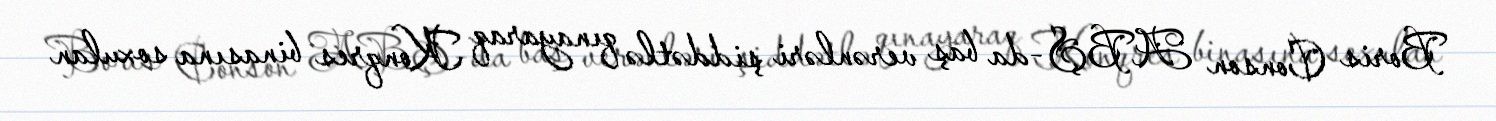
Boris Conson ABŞ-da baş verənləri şiddətlə qınayaraq Konqres binasına soxulan